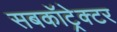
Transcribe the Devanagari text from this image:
सबकॉट्रेक्टर